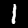
Label: 1